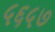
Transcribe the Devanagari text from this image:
५६५७